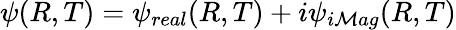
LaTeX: \psi(R,T)=\psi_{real}(R,T)+i\psi_{i\mathcal{M}ag}(R,T)